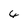
Character: 4